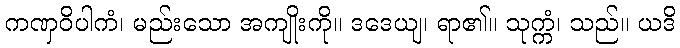
ကဏှဝိပါကံ၊ မည်းသော အကျိုးကို။ ဒဒေယျ၊ ရာ၏။ သုက္ကံ၊ သည်။ ယဒိ